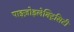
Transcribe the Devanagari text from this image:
पाइज़ोइलेक्ट्रिसिटी